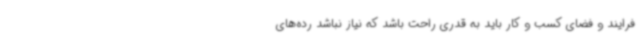
فرایند و فضای کسب‌ و کار باید به قدری راحت باشد که نیاز نباشد رده‌های